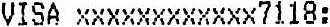
VISA XXXXXXXXXXXX7118: